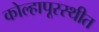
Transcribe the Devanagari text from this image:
कोल्हापूरस्थीत